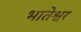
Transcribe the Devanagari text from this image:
भातेश्वर